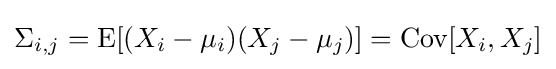
\Sigma _{i,j}=\operatorname {E} [(X_{i}-\mu _{i})(X_{j}-\mu _{j})]=\operatorname {Cov} [X_{i},X_{j}]